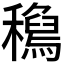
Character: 𥣟